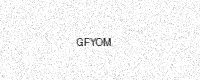
Text: GFYOM